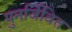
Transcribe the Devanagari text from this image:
पुनर्जिवित